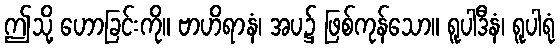
ဤသို့ ဟောခြင်းကို။ ဗာဟိရာနံ၊ အပ၌ ဖြစ်ကုန်သော။ ရူပါဒီနံ၊ ရူပါရုံ